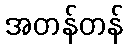
အတန်တန်